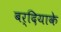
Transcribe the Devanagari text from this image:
बर्दियाके